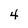
Character: 4